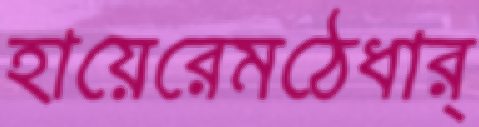
হায়েরেমঠেধার্